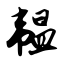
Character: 韫